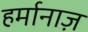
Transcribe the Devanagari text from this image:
हर्मानाज़